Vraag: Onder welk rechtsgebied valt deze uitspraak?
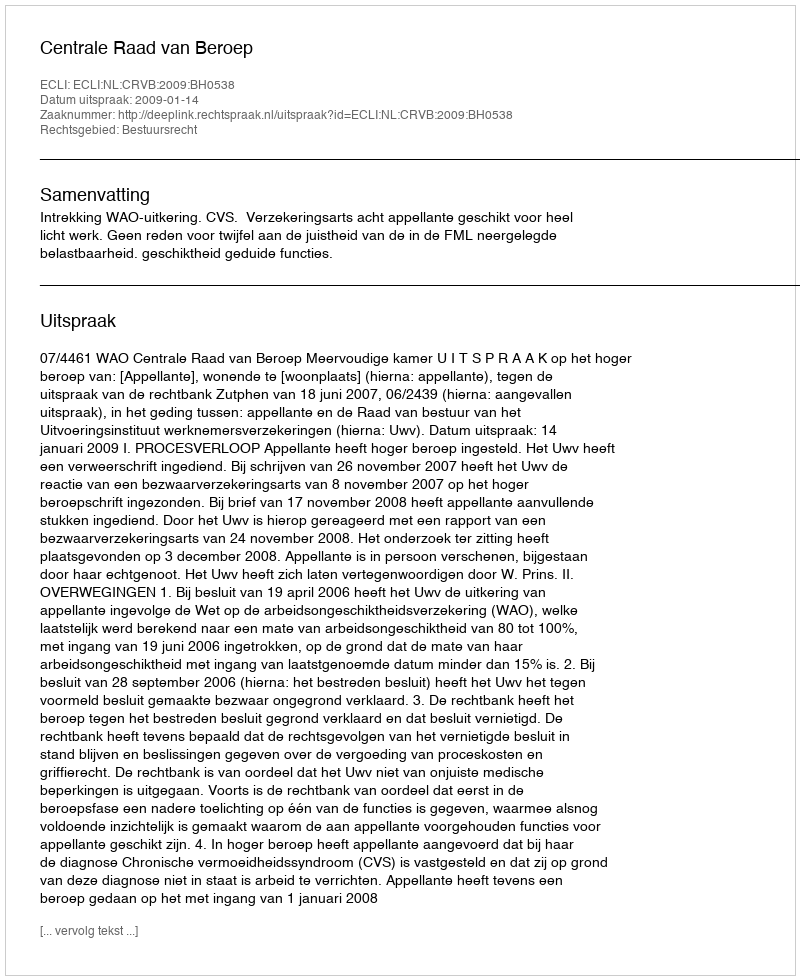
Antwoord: Bestuursrecht